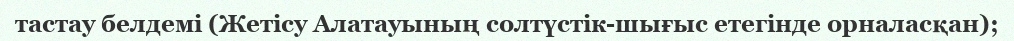
тастау белдемі (Жетісу Алатауының солтүстік-шығыс етегінде орналасқан);